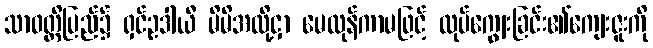
သာဝတ္ထိပြည်၌ ရှင်ဥဒါယီ မိမိအလို့ငှာ မေထုန်ကာမဖြင့် လုပ်ကျွေးခြင်း၏ကျေးဇူးကို